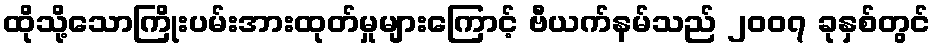
ထိုသို့သောကြိုးပမ်းအားထုတ်မှုများကြောင့် ဗီယက်နမ်သည် ၂၀၀၇ ခုနှစ်တွင်